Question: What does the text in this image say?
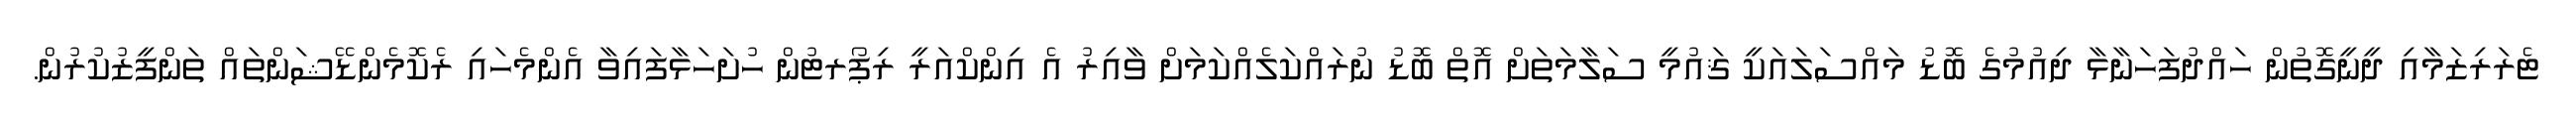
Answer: ޓެރަރިޒަމާއި ދީނީގޮތުން ހައްދުފަހަނާޅާ ދިއުމުގެ ބޮޑު މައްސަލައަކީ ޤައުމީ ސަލާމަތަށް އޮތް ބޮޑު ނުރައްކަލެއްކަމަށް ވާއިރު އެ އިންކްއަރީ ރިޕޯރޓުން ހުށަހަޅާފައިވާ އެންމެހައި ރެކޮމެންޑޭޝަންތައް ތަންފީޒުކުރުން.